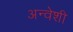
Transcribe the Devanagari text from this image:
अन्वेशी